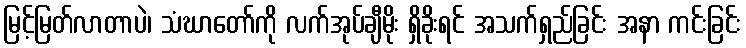
မြင့်မြတ်လာတာပဲ၊ သံဃာတော်ကို လက်အုပ်ချီမိုး ရှိခိုးရင် အသက်ရှည်ခြင်း အနာ ကင်းခြင်း